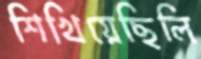
শিখিয়েছিলি